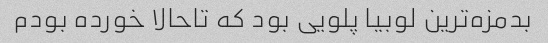
بدمزه‌ترین لوبیا پلویی بود که تاحالا خورده بودم